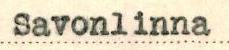
Savonlinna